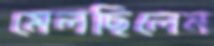
মেলছিলেম